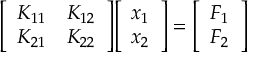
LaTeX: { \left[ \begin{array} { l l } { K _ { 1 1 } } & { K _ { 1 2 } } \\ { K _ { 2 1 } } & { K _ { 2 2 } } \end{array} \right] } { \left[ \begin{array} { l } { x _ { 1 } } \\ { x _ { 2 } } \end{array} \right] } = { \left[ \begin{array} { l } { F _ { 1 } } \\ { F _ { 2 } } \end{array} \right] }